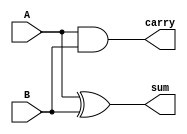
module HA(A,B,sum, carry);
	input A,B;
	output sum,carry;
	
	assign sum = A^B;
	assign carry = A&B;
	
endmodule